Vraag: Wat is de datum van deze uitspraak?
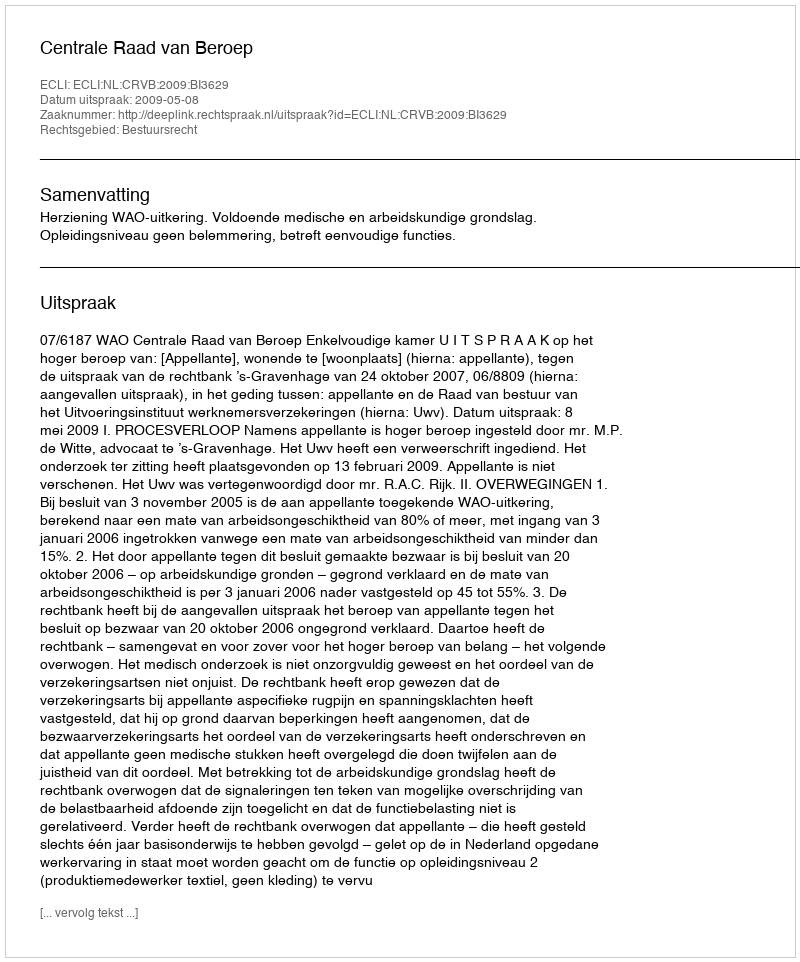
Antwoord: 2009-05-08